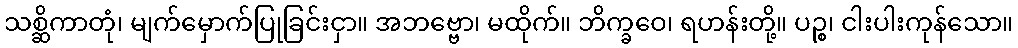
သစ္ဆိကာတုံ၊ မျက်မှောက်ပြုခြင်းငှာ။ အဘဗ္ဗော၊ မထိုက်။ ဘိက္ခဝေ၊ ရဟန်းတို့။ ပဉ္စ၊ ငါးပါးကုန်သော။